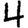
Digit: 4